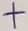
Text: +